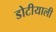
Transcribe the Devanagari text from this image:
डोटीयाली